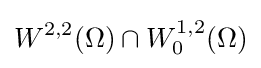
W^{2,2}(\Omega )\cap W_{0}^{1,2}(\Omega )